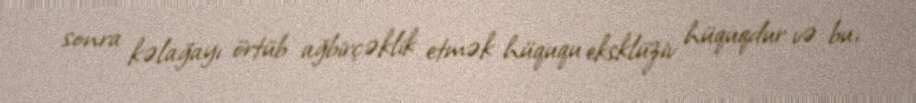
sonra kəlağayı örtüb ağbirçəklik etmək hüququ eksklüziv hüquqdur və bu,